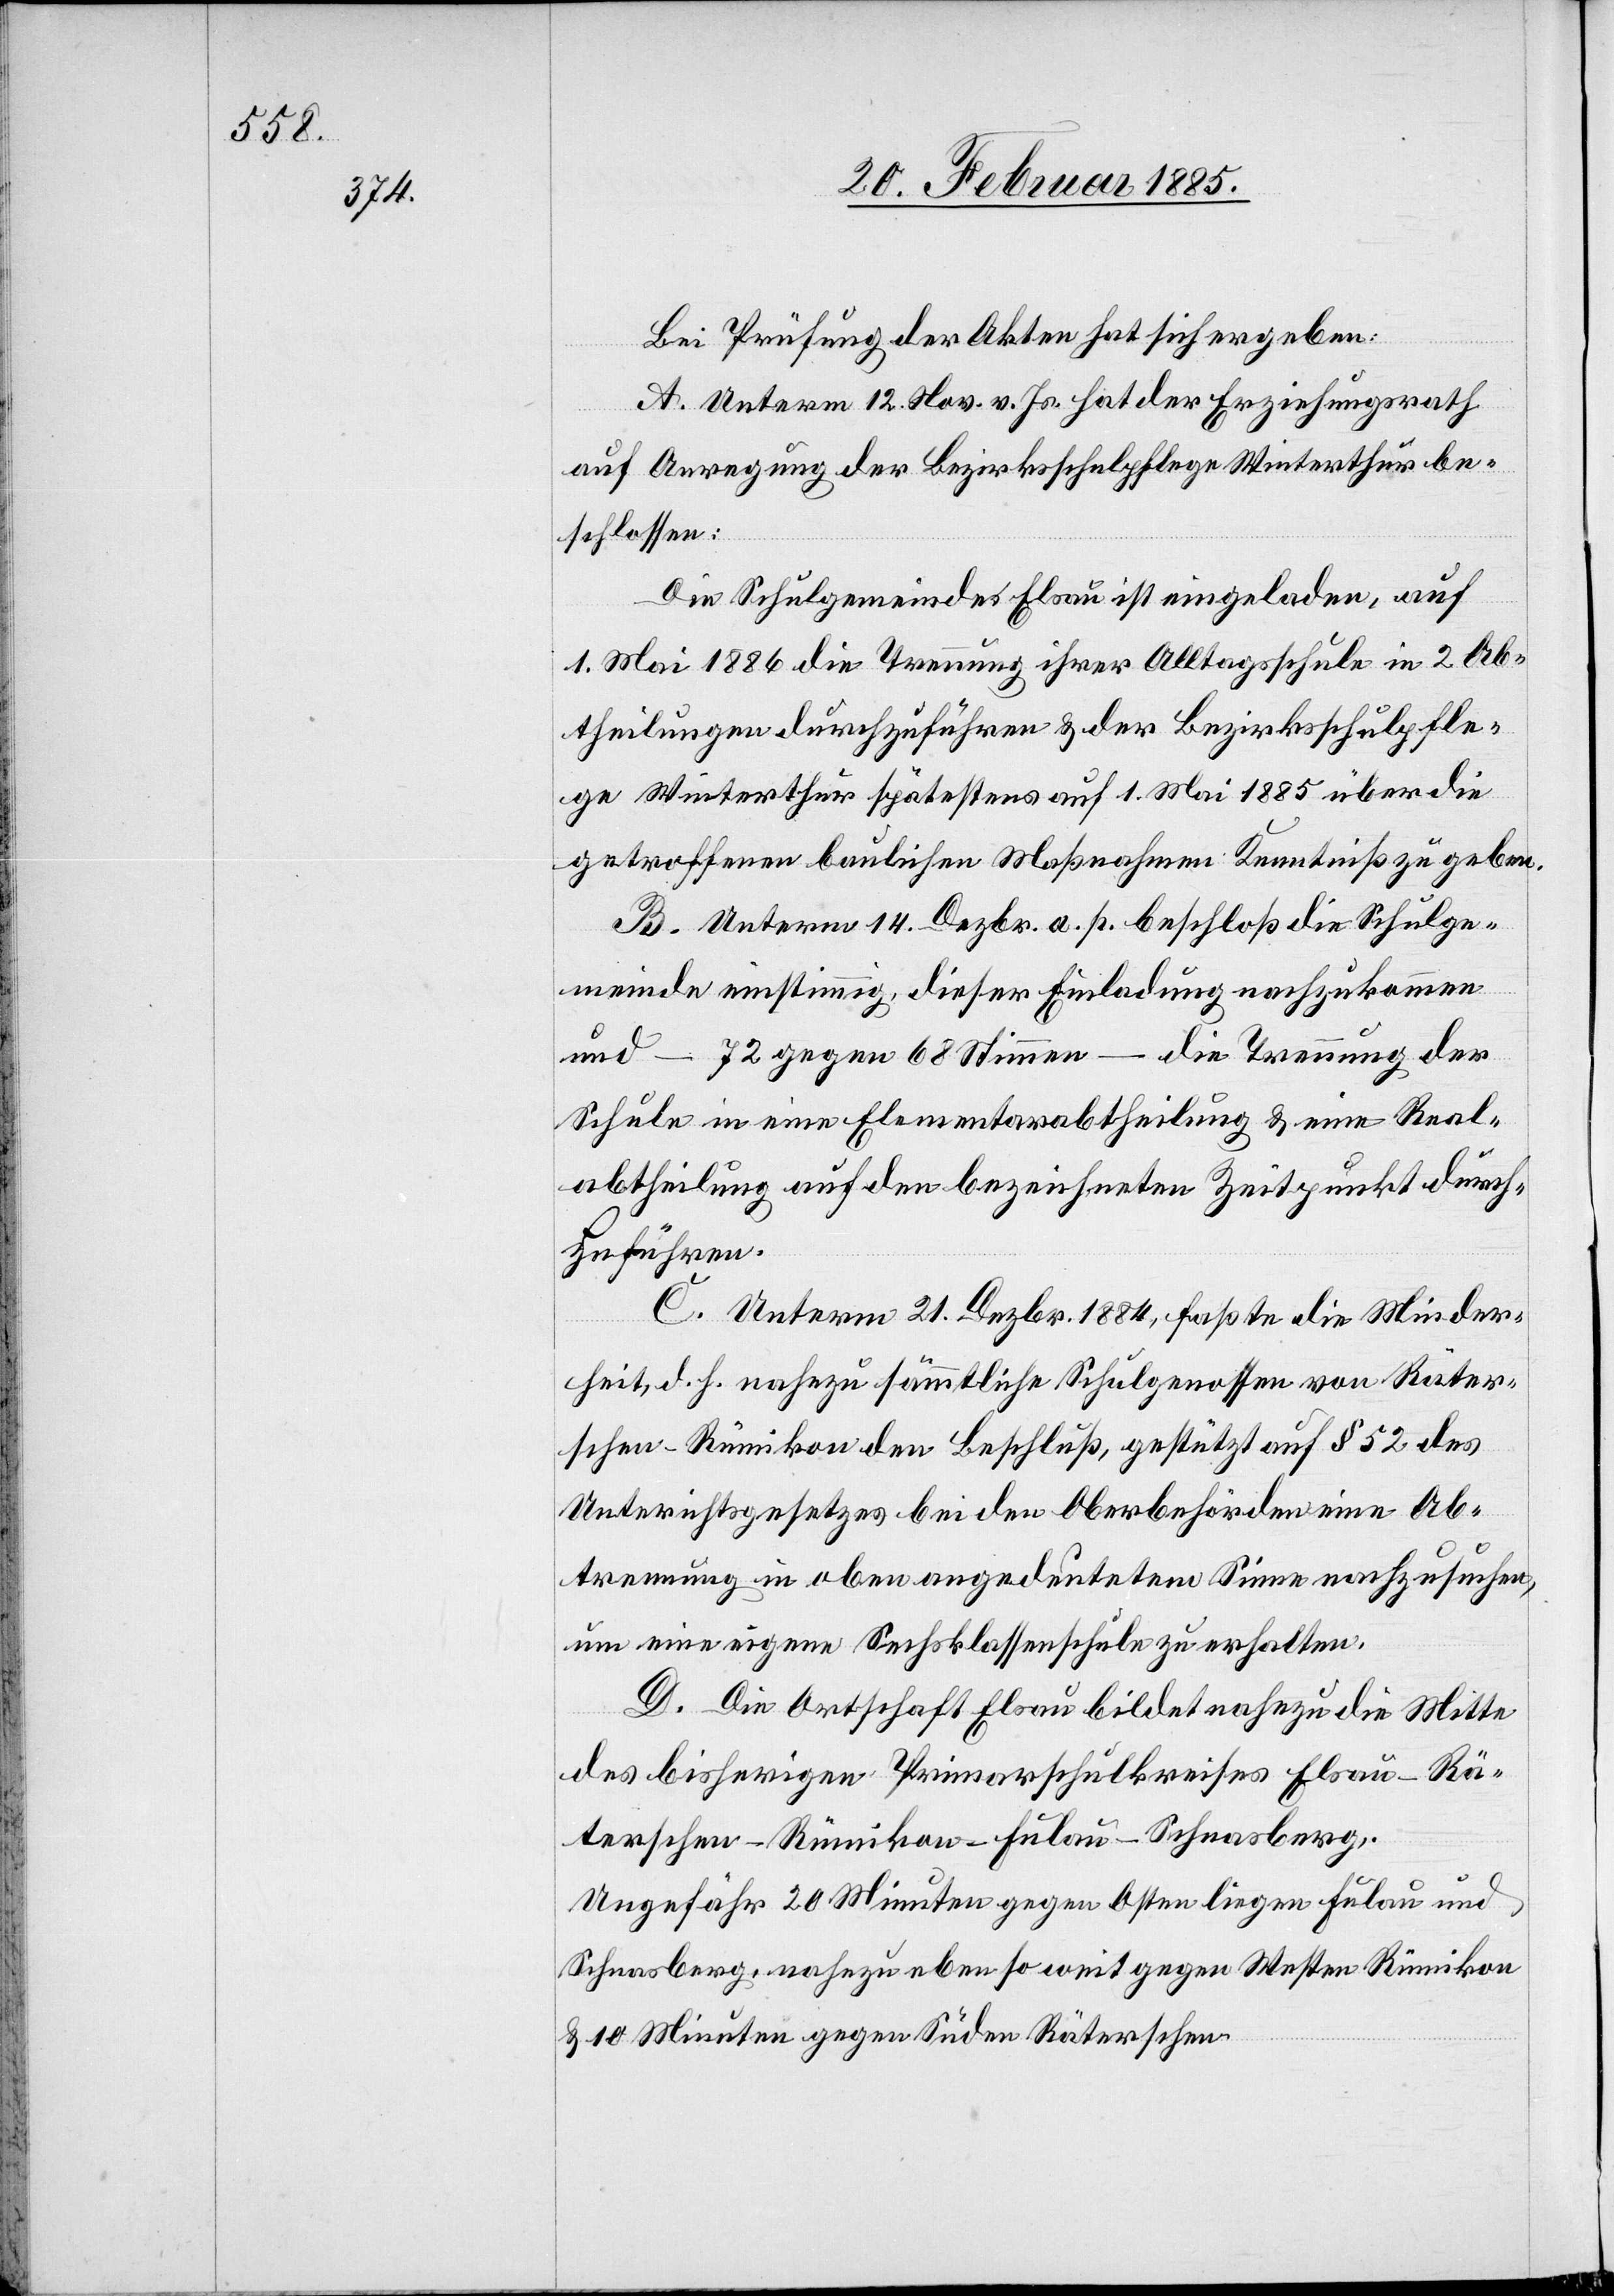
Bei Prüfung der Akten hat sich ergeben:
A. Unterm 12. Nov. v. Js. hat der Erziehungsrath
auf Anregung der Bezirksschulpflege Winterthur be¬
schlossen:
Die Schulgemeinde Elsau ist eingeladen, auf
1. Mai. 1886 die Trennung ihrer Alltagsschule in 2 Ab¬
theilungen durchzuführen & der Bezirksschulpfle¬
ge Winterthur spätestens auf 1. Mai 1885 über die
getroffenen baulichen Maßnahmen Kenntniß zu geben.
B. Unterm 14. Dezbr. a. p. beschloß die Schulge¬
meinde einstimmig, dieser Einladung nachzukommen
und – 72 gegen 68 Stimmen – die Trennung der
Schule in eine Elementarabtheilung & eine Real¬
abtheilung auf den bezeichneten Zeitpunkt durch¬
zuführen.
C. Unterm 21. Dezbr. 1884, faßte die Minder¬
heit, d. h. nahezu sämmtliche Schulgenossen von Räter¬
schen-Rümikon den Beschluß, gestützt auf § 52 des
Unter[r]ichtsgesetzes bei den Oberbehörden eine Ab¬
trennung in oben angedeutetem Sinne nachzusuchen,
um eine eigene Sechsklassenschule zu erhalten.
D. Die Ortschaft Elsau bildet nahezu die Mitte
des bisherigen Primarschulkreises Elsau-Rä¬
terschen-Rümikon-Fulau-Schnasberg.
Ungefähr 20 Minuten gegen Osten liegen Fulau und
Schnasberg, nahezu eben so weit gegen Westen Rümikon
& 10 Minuten gegen Süden Räterschen.